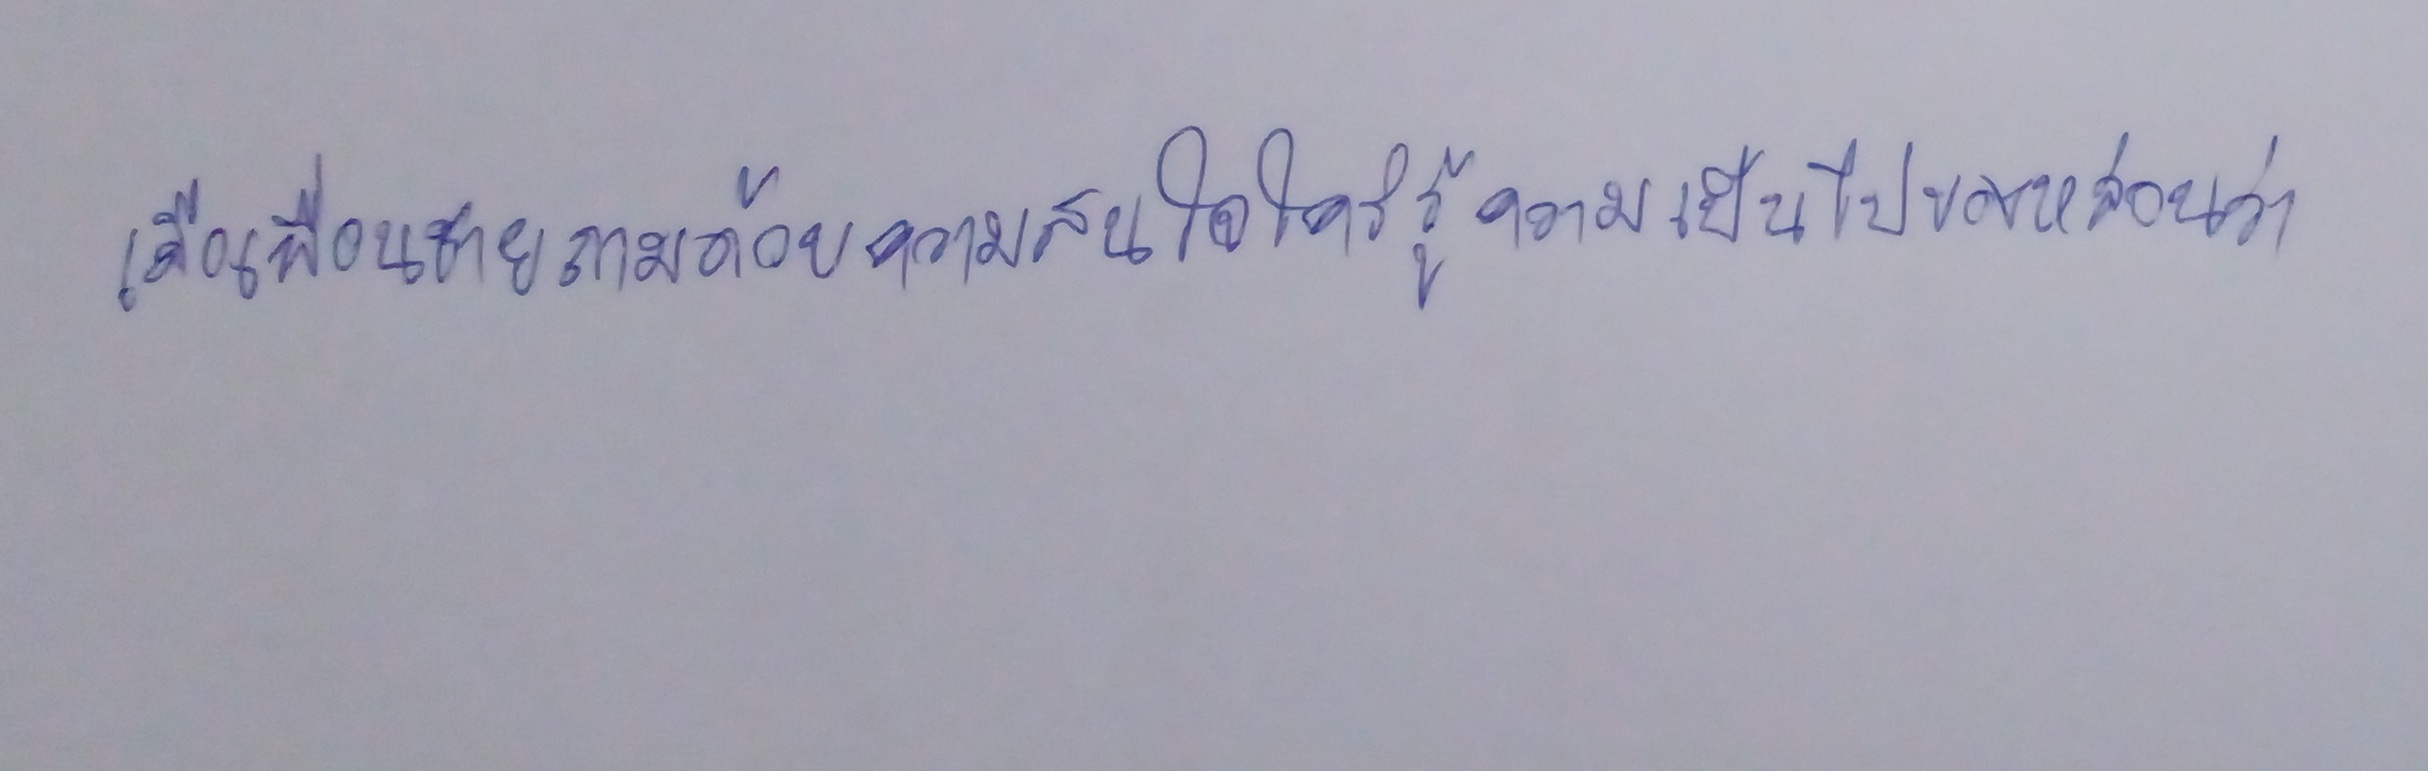
เมื่อเพื่อนชายถามด้วยความสนใจใคร่รู้ความเป็นไปของหล่อนว่า